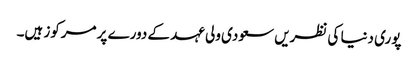
پوری دنیا کی نظریں سعودی ولی عہد کے دورے پر مرکوز ہیں۔